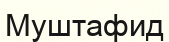
Муштафид